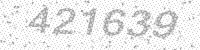
Solution: 421639